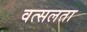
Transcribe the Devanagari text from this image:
वत्सलता